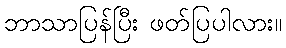
ဘာသာပြန်ပြီး ဖတ်ပြပါလား။